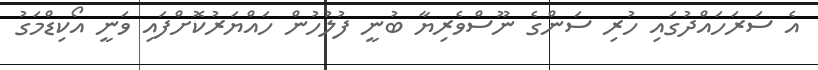
އެ ސަރަހައްދުގައި ހުރި ސަންގެ ނޫސްވެރިޔާ ބުނީ ފުލުހުން ހައްޔަރުކޮށްފައި ވަނީ އޯކިޑްމަގު